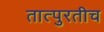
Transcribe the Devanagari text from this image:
तात्पुरतीच